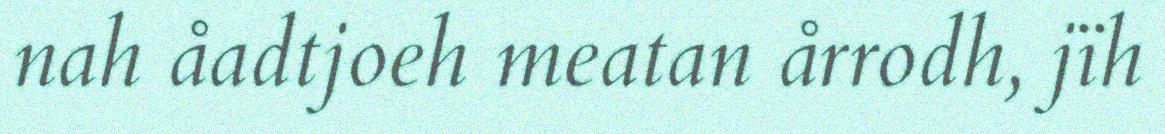
nah åadtjoeh meatan årrodh, jïh